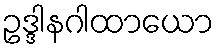
ဥဒ္ဒါနဂါထာယော